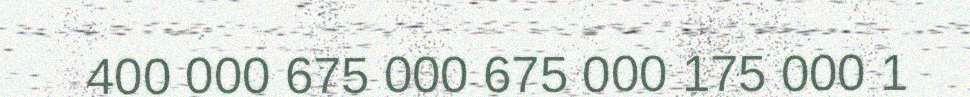
400 000 675 000 675 000 175 000 1